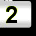
Digit: 2